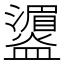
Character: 𪾛